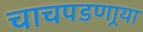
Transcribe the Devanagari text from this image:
चाचपडणार्‍या